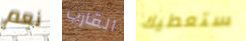
نعم القارب ستعطيك